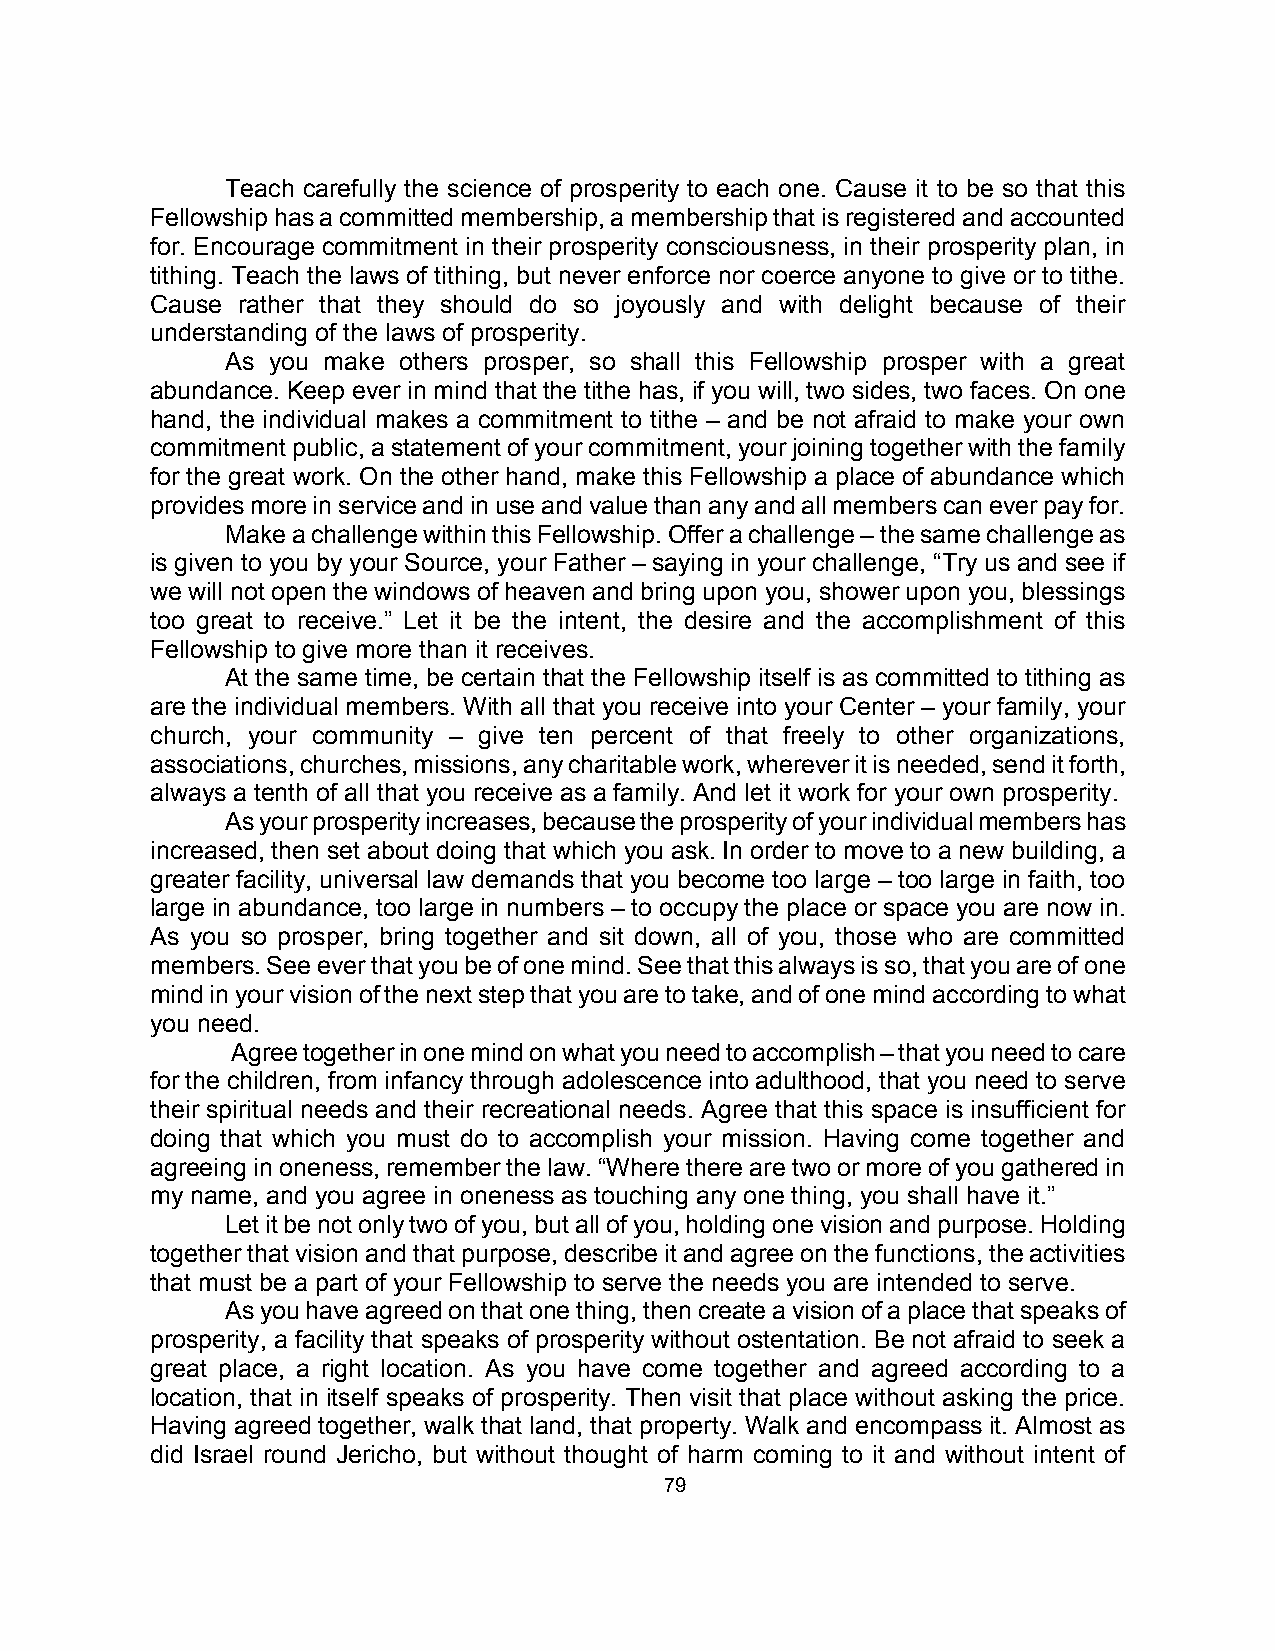
Teach carefully the science of prosperity to each one. Cause it to be so that this
 Fellowship has a committed membership, a membership that is registered and accounted
 for. Encourage commitment in their prosperity consciousness, in their prosperity plan, in
 tithing. Teach the laws of tithing, but never enforce nor coerce anyone to give or to tithe.
 Cause rather that they should do so joyously and with delight because of their
 understanding of the laws of prosperity.
 As you make others prosper, so shall this Fellowship prosper with a great
 abundance. Keep ever in mind that the tithe has, if you will, two sides, two faces. On one
 hand, the individual makes a commitment to tithe – and be not afraid to make your own
 commitment public, a statement of your commitment, your joining together with the family
 for the great work. On the other hand, make this Fellowship a place of abundance which
 provides more in service and in use and value than any and all members can ever pay for.
 Make a challenge within this Fellowship. Offer a challenge – the same challenge as
 is given to you by your Source, your Father – saying in your challenge, “Try us and see if
 we will not open the windows of heaven and bring upon you, shower upon you, blessings
 too great to receive.” Let it be the intent, the desire and the accomplishment of this
 Fellowship to give more than it receives.
 At the same time, be certain that the Fellowship itself is as committed to tithing as
 are the individual members. With all that you receive into your Center – your family, your
 church, your community – give ten percent of that freely to other organizations,
 associations, churches, missions, any charitable work, wherever it is needed, send it forth,
 always a tenth of all that you receive as a family. And let it work for your own prosperity.
 As your prosperity increases, because the prosperity of your individual members has
 increased, then set about doing that which you ask. In order to move to a new building, a
 greater facility, universal law demands that you become too large – too large in faith, too
 large in abundance, too large in numbers – to occupy the place or space you are now in.
 As you so prosper, bring together and sit down, all of you, those who are committed
 members. See ever that you be of one mind. See that this always is so, that you are of one
 mind in your vision of the next step that you are to take, and of one mind according to what
 you need.
 Agree together in one mind on what you need to accomplish – that you need to care
 for the children, from infancy through adolescence into adulthood, that you need to serve
 their spiritual needs and their recreational needs. Agree that this space is insufficient for
 doing that which you must do to accomplish your mission. Having come together and
 agreeing in oneness, remember the law. “Where there are two or more of you gathered in
 my name, and you agree in oneness as touching any one thing, you shall have it.”
 Let it be not only two of you, but all of you, holding one vision and purpose. Holding
 together that vision and that purpose, describe it and agree on the functions, the activities
 that must be a part of your Fellowship to serve the needs you are intended to serve.
 As you have agreed on that one thing, then create a vision of a place that speaks of
 prosperity, a facility that speaks of prosperity without ostentation. Be not afraid to seek a
 great place, a right location. As you have come together and agreed according to a
 location, that in itself speaks of prosperity. Then visit that place without asking the price.
 Having agreed together, walk that land, that property. Walk and encompass it. Almost as
 did Israel round Jericho, but without thought of harm coming to it and without intent of
 79